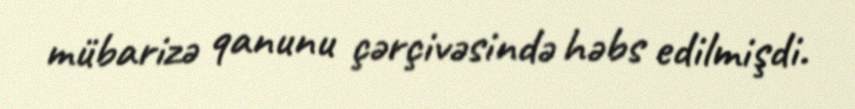
mübarizə qanunu çərçivəsində həbs edilmişdi.